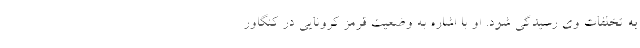
به تخلفات وی رسیدگی شود. او با اشاره به وضعیت قرمز کرونایی در کنگاور